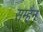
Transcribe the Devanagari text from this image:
सम्हैन